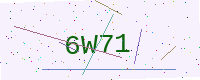
Text: 6W71